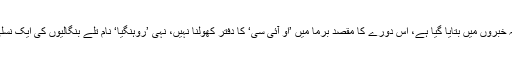
ترجمان کے بقول، ’جیسا کہ خبروں میں بتایا گیا ہے، اس دورے کا مقصد برما میں ’او آئی سی‘ کا دفتر کھولنا نہیں، نہی ’روہنگیا‘ نام تلے بنگالیوں کی ایک نسلی قومیت کو تسلیم کرنا ہے۔